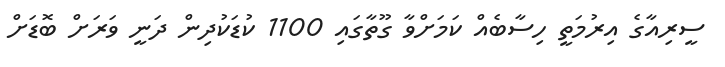
ސީރިއާގެ އިރުމަތީ ހިސާބެއް ކަމަށްވާ ގޫތާގައި 1100 ކުޑަކުދިން ދަނީ ވަރަށް ބޮޑަށް